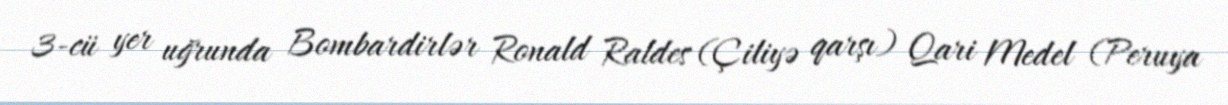
3-cü yer uğrunda Bombardirlər Ronald Raldes (Çiliyə qarşı) Qari Medel (Peruya